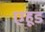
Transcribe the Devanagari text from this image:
एहूड